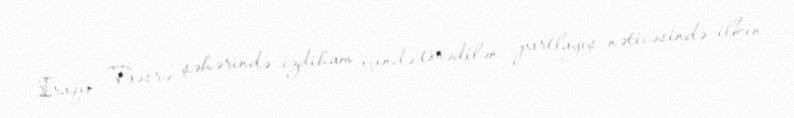
İraqın Bəsrə şəhərində izdiham içində törədilən partlayış nəticəsində ilkin